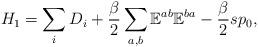
LaTeX: \begin{align*}H_{1}=\sum_i D_i+\frac{\beta}{2}\sum_{a,b}\mathbb{E}^{ab}\mathbb{E}^{ba}-\frac{\beta}{2} s p_0,\end{align*}